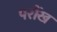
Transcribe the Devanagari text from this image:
परौंख